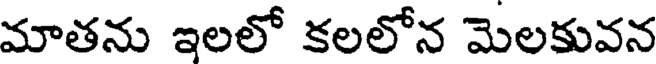
మాతను ఇలలో కలలోన మెలకువన